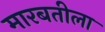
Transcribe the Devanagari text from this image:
मारबतीला